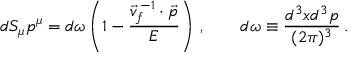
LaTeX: d S _ { \mu } p ^ { \mu } = d \omega \left( 1 - \frac { \vec { v } _ { f } ^ { \, - 1 } \cdot \vec { p } } { E } \right) \, , \qquad d \omega \equiv \frac { d ^ { 3 } x d ^ { 3 } p } { ( 2 \pi ) ^ { 3 } } \, .